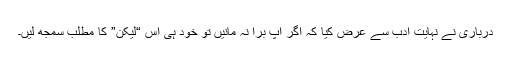
درباری نے نہایت ادب سے عرض کیا کہ اگر آپ برا نہ مانیں تو خود ہی اس “لیکن” کا مطلب سمجھ لیں۔